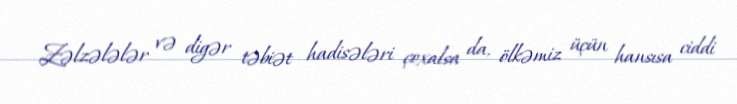
Zəlzələlər və digər təbiət hadisələri çoxalsa da, ölkəmiz üçün hansısa ciddi